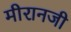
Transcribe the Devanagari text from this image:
मीरानजी